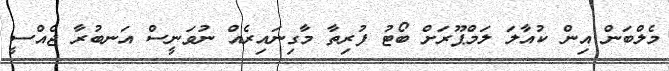
މެލްބަން އިން ކުއާލަ ލަމްޕޫރަށް ބޯޓު ފުރިތާ މާގިނައިރެއް ނުވަނީސް އަނބުރާ ޖެއްސީ